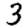
Digit: 3